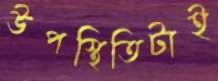
উপস্থিতিটাই